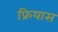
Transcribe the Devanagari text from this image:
फ्रियास